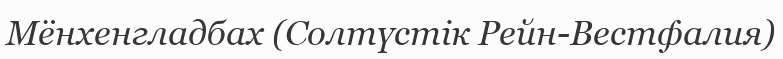
Мёнхенгладбах (Солтүстік Рейн-Вестфалия)